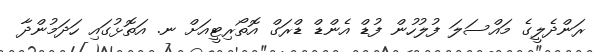
ރަންދެލީގެ މައްސަލަ ފުލުހުން ފުޑް އެންޑް ޑްރަގް އޮތޯރިޓީއަށް ނ. އަތޮޅުގައި ހަދަމުންދާ